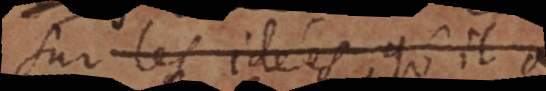
sur les idées qu’il a